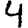
Digit: 4